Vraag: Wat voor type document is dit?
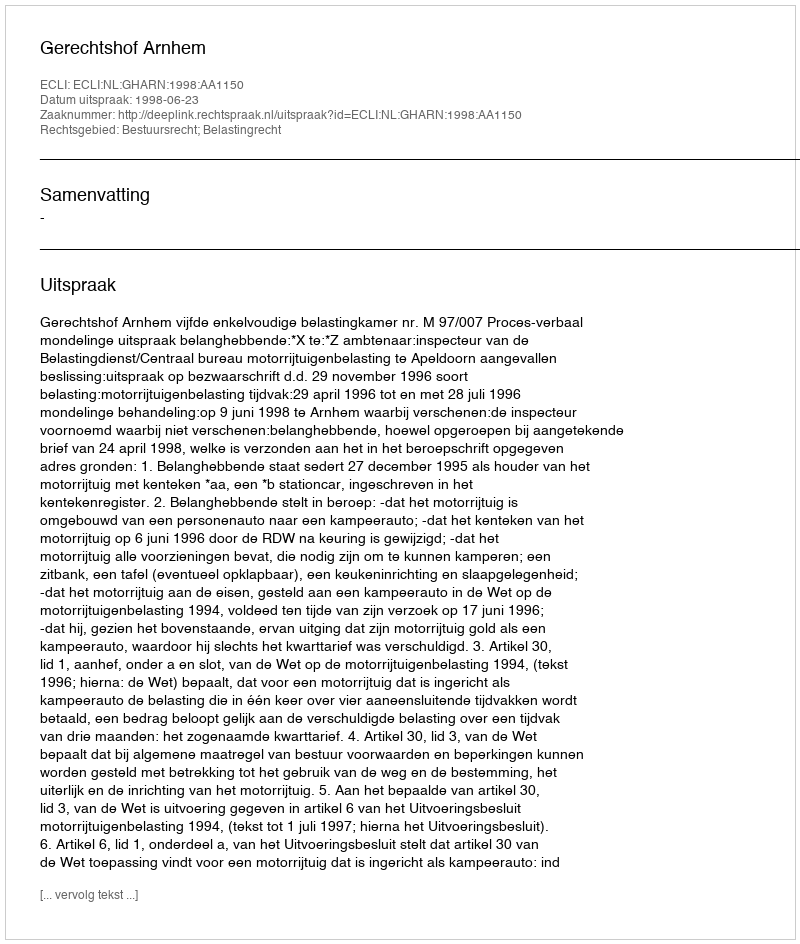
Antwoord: Uitspraak